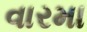
વારમા